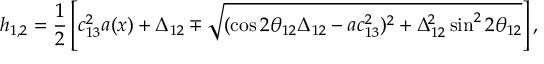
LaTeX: h _ { 1 , 2 } = \frac { 1 } { 2 } \left[ c _ { 1 3 } ^ { 2 } a ( x ) + \Delta _ { 1 2 } \mp \sqrt { ( \cos 2 \theta _ { 1 2 } \Delta _ { 1 2 } - a c _ { 1 3 } ^ { 2 } ) ^ { 2 } + \Delta _ { 1 2 } ^ { 2 } \sin ^ { 2 } 2 \theta _ { 1 2 } } \right] ,